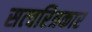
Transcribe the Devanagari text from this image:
सत्चरित्रकार